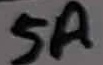
Text: 5A